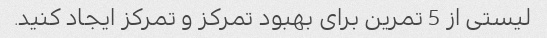
لیستی از 5 تمرین برای بهبود تمرکز و تمرکز ایجاد کنید.